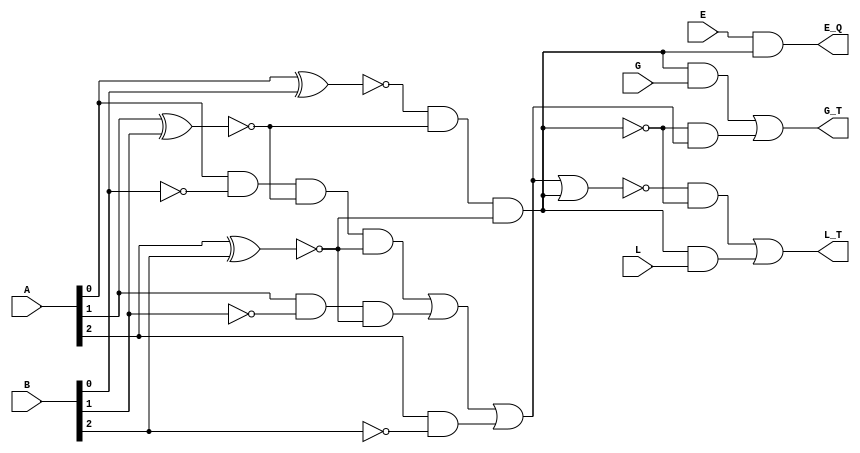
`timescale 1ns / 1ps
//////////////////////////////////////////////////////////////////////////////////
// Company: 
// Engineer: 
// 
// Design Name: 
// Module Name:    Comparator3bit 
// Project Name: 
// Target Devices: 
// Tool versions: 
// Description: 
//
// Dependencies: 
//
// Revision: 
// Revision 0.01 - File Created
// Additional Comments: 
//
//////////////////////////////////////////////////////////////////////////////////
module Comparator3bit(A,B,G,E,L,L_T,G_T,E_Q);
input [2:0]A ; 
	input [2:0]B;
	input G , E , L;
	output L_T,G_T,E_Q;
	wire [2:0]gw;
	wire [2:0]ew;
	wire [2:0]aP;
	wire [3:0]w;
	wire [2:0]bP;
	wire lt,gt,eq,eqP;
	not
		n1(aP[0],A[0]),
		n2(aP[1],A[1]),
		n3(aP[2],A[2]),
		n4(bP[0],B[0]),
		n5(bP[1],B[1]),
		n6(bP[2],B[2]),
		n7(eqP,eq);
	xnor
		x1(ew[0],A[0],B[0]),
		x2(ew[1],A[1],B[1]),
		x3(ew[2],A[2],B[2]);
	and
		g1(eq,ew[0],ew[1],ew[2]),
		g2(gw[0],A[0],bP[0],ew[1],ew[2]),
		g3(gw[1],A[1],bP[1],ew[2]),
		g4(gw[2],A[2],bP[2]);
	or  g5(gt,gw[0],gw[1],gw[2]);
	nor g8(lt,gt,eq);
	and
		g6(w[0],eq,G),
		g7(w[1],eqP,gt),
		g9(E_Q,E,eq),
		g11(w[2],lt,eqP),
		g12(w[3],eq,L);
	or
		g10(G_T,w[0],w[1]),
		g13(L_T,w[2],w[3]);
		


endmodule